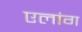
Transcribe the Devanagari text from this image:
एलांग